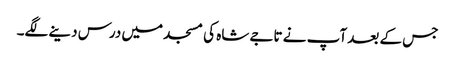
جس کے بعد آپ نے تاجے شاہ کی مسجد میں درس دینے لگے۔